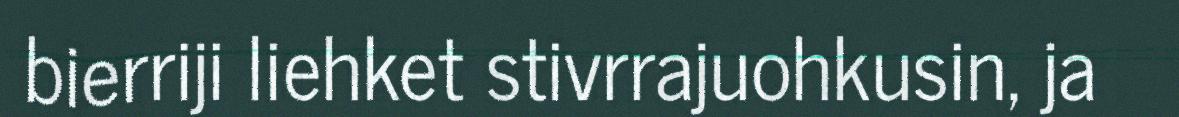
bierriji liehket stivrrajuohkusin, ja